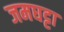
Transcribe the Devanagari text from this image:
जमघट्टा